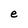
Character: e